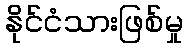
နိုင်ငံသားဖြစ်မှု